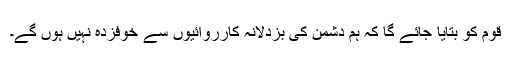
قوم کو بتایا جائے گا کہ ہم دشمن کی بزدلانہ کارروائیوں سے خوفزدہ نہیں ہوں گے۔